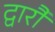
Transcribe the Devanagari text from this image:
द्वारौ